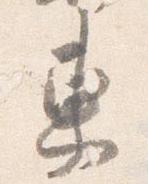
東